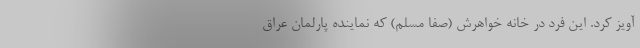
آویز کرد. این فرد در خانه خواهرش (صفا مسلم) که نماینده پارلمان عراق